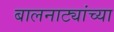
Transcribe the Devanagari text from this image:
बालनाट्यांच्या